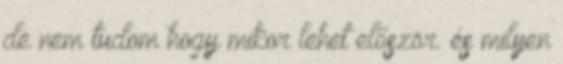
de nem tudom hogy mikor lehet először. és milyen